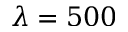
\lambda = 5 0 0